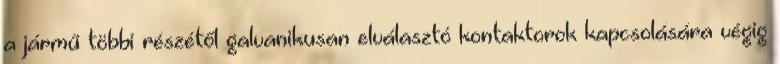
a jármű többi részétől galvanikusan elválasztó kontaktorok kapcsolására végig